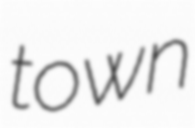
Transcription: town